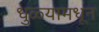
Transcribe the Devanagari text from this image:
धुळ्यामधून